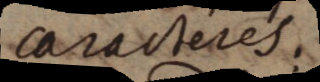
caracteres.